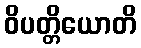
ဝိပတ္တိယောတိ